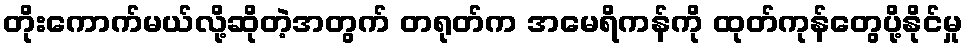
တိုးကောက်မယ်လို့ဆိုတဲ့အတွက် တရုတ်က အမေရိကန်ကို ထုတ်ကုန်တွေပို့နိုင်မှု